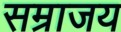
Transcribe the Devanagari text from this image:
सम्राजय